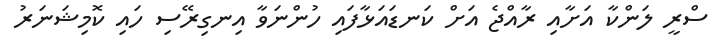
ސްރީ ލަންކާ އަށާއި ރާއްޖެ އަށް ކަނޑައަޅާފައި ހުންނަވާ އިނގިރޭސި ހައި ކޮމިޝަނަރު